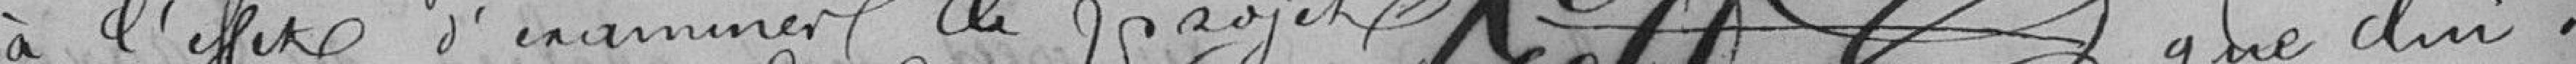
à l'effet d'examiner le projet que lui a